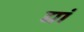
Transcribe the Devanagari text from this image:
द्यां